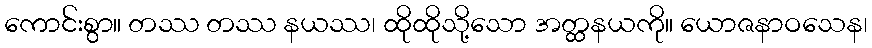
ကောင်းစွာ။ တဿ တဿ နယဿ၊ ထိုထိုသို့သော အတ္ထနယကို။ ယောဇနာဝသေန၊